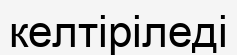
келтіріледі